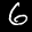
Label: 6